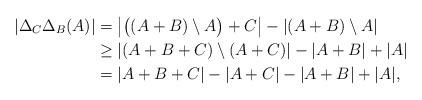
LaTeX: \begin{align*}\left|\Delta_C\Delta_B(A)\right|&=\left|\big((A+B)\setminus A\big)+C\right|- \left|(A+B)\setminus A\right| \\&\geq \left|(A+B+C)\setminus (A+C)\right|- \left|A+B\right|+\left|A \right|\\&= |A+B+C|- |A+C|- |A+B|+ |A|,\end{align*}